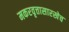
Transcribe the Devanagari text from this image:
मकरवृत्तासारखेच